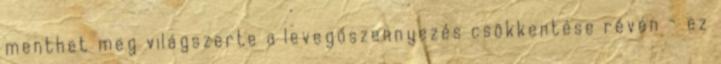
menthet meg világszerte a levegőszennyezés csökkentése révén - ez